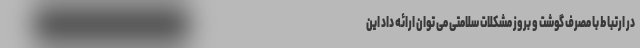
در ارتباط با مصرف گوشت و بروز مشکلات سلامتی می توان ارائه داد این